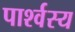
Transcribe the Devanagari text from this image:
पार्श्वस्य